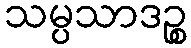
သမ္ပသာဒဉ္စ